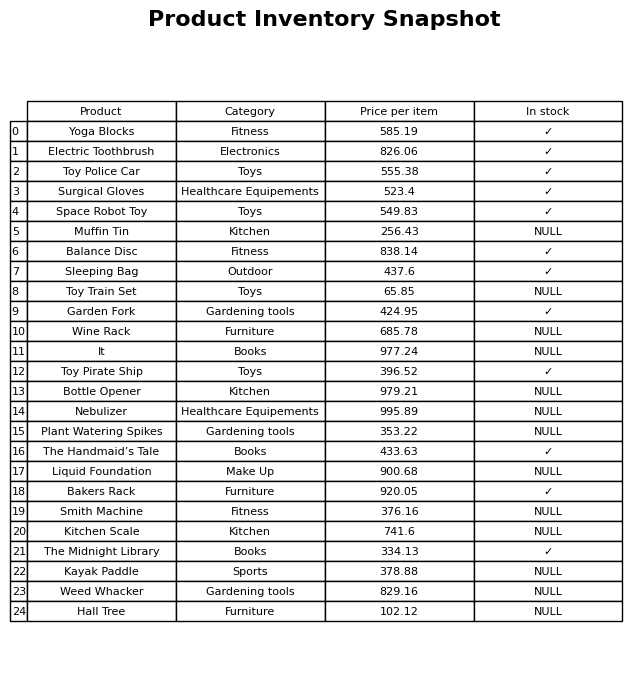
question: Is the Smith Machine in stock?
answer: NULL